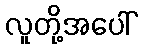
လူတို့အပေါ်